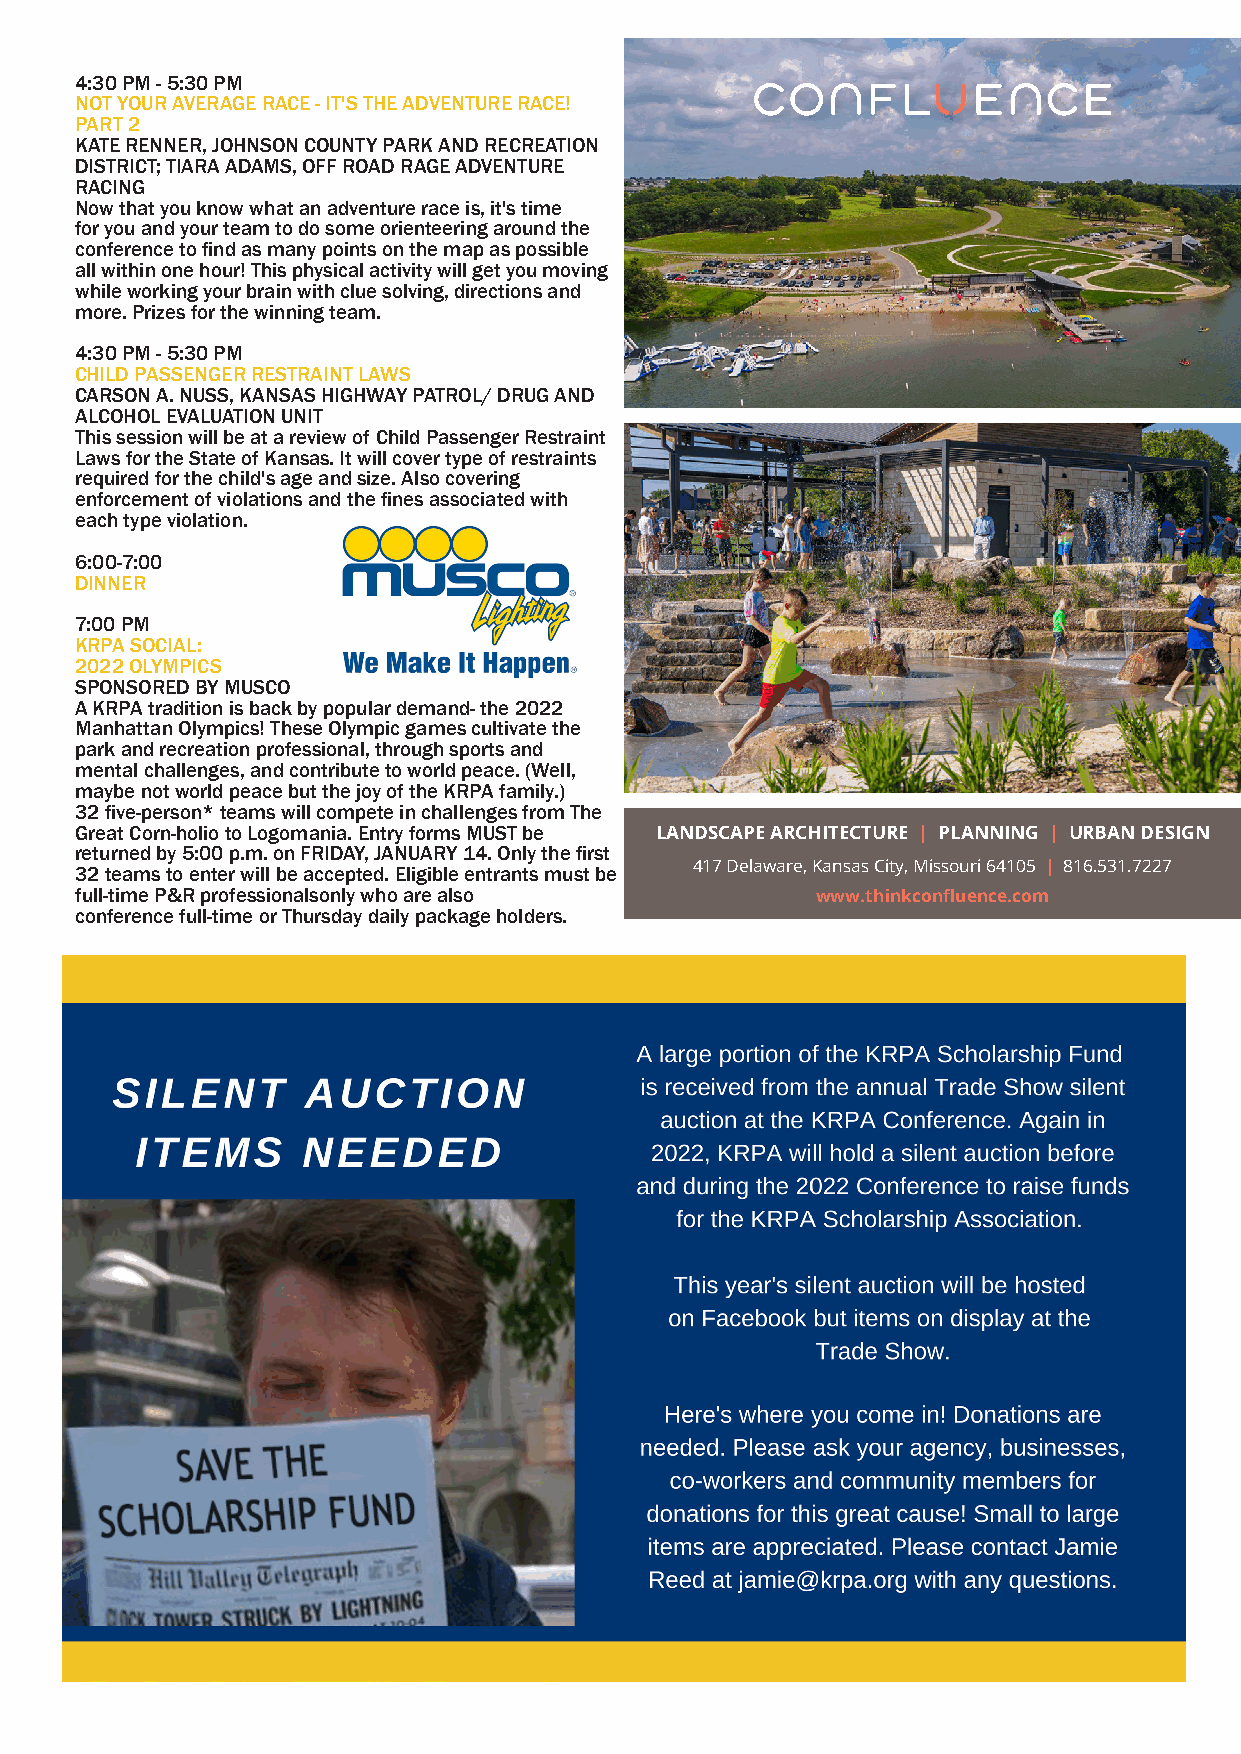
4:30 PM - 5:30 PM
 NOT YOUR AVERAGE RACE - IT'S THE ADVENTURE RACE!
 PART 2
 KATE RENNER, JOHNSON COUNTY PARK AND RECREATION
 DISTRICT; TIARA ADAMS, OFF ROAD RAGE ADVENTURE
 RACING
 Now that you know what an adventure race is, it's time
 for you and your team to do some orienteering around the
 conference to find as many points on the map as possible
 all within one hour! This physical activity will get you moving
 while working your brain with clue solving, directions and
 more. Prizes for the winning team.
 4:30 PM - 5:30 PM
 CHILD PASSENGER RESTRAINT LAWS
 CARSON A. NUSS, KANSAS HIGHWAY PATROL/ DRUG AND
 ALCOHOL EVALUATION UNIT
 This session will be at a review of Child Passenger Restraint
 Laws for the State of Kansas. It will cover type of restraints
 required for the child's age and size. Also covering
 enforcement of violations and the fines associated with
 each type violation.
 6:00-7:00
 DINNER
 7:00 PM
 KRPA SOCIAL:
 2022 OLYMPICS
 SPONSORED BY MUSCO
 A KRPA tradition is back by popular demand- the 2022
 Manhattan Olympics! These Olympic games cultivate the
 park and recreation professional, through sports and
 mental challenges, and contribute to world peace. (Well,
 maybe not world peace but the joy of the KRPA family.)
 32 five-person* teams will compete in challenges from The
 Great Corn-holio to Logomania. Entry forms MUST be LANDSCAPE ARCHITECTURE | PLANNING | URBAN DESIGN
 returned by 5:00 p.m. on FRIDAY, JANUARY 14. Only the first
 417 Delaware, Kansas City, Missouri 64105 | 816.531.7227
 32 teams to enter will be accepted. Eligible entrants must be
 full-time P&R professionalsonly who are also     www.thinkconfluence.com
 conference full-time or Thursday daily package holders.